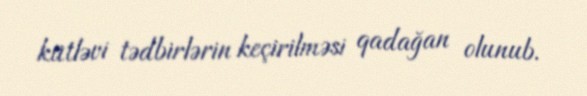
kütləvi tədbirlərin keçirilməsi qadağan olunub.